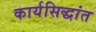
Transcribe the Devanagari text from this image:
कार्यसिद्धांत